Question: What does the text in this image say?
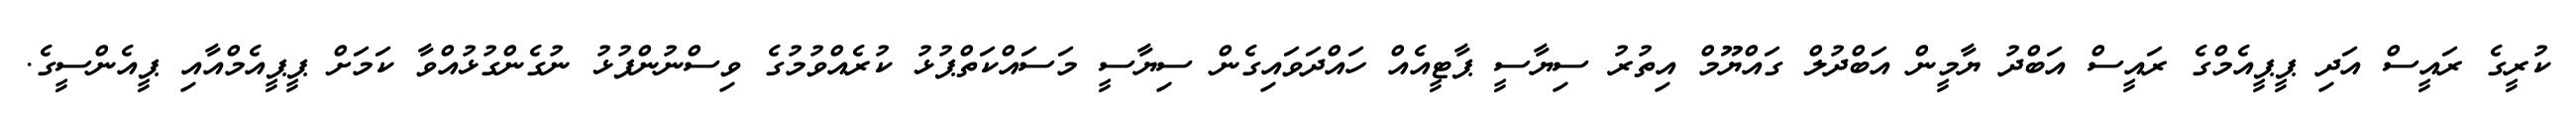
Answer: ކުރީގެ ރައީސް އަދި ޕީޕީއެމްގެ ރައީސް އަބްދު ޔާމީން އަބްދުލް ގައްޔޫމް އިތުރު ސިޔާސީ ޕާޓީއެއް ހައްދަވައިގެން ސިޔާސީ މަސައްކަތްޕުޅު ކުރެއްވުމުގެ ވިސްނުންފުޅު ނުގެންގުޅުއްވާ ކަމަށް ޕީޕީއެމްއާއި ޕީއެންސީގެ.